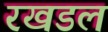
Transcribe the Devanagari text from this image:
रखडल